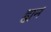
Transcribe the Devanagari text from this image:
ह्यनं